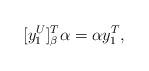
LaTeX: \begin{align*} [y_1^U]_\beta^T \alpha = \alpha y_1^T,\end{align*}